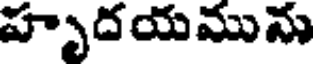
హృదయమును